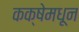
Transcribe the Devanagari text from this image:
कक्षेमधून